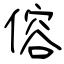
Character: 傛